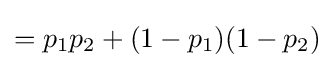
=p_{1}p_{2}+(1-p_{1})(1-p_{2})